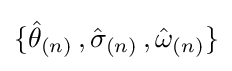
\{{\hat {\theta }}_{(n)}\,,{\hat {\sigma }}_{(n)}\,,{\hat {\omega }}_{(n)}\}